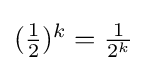
\textstyle ({\frac {1}{2}})^{k}={\frac {1}{2^{k}}}